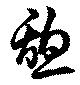
憩